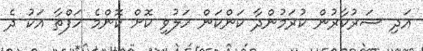
އަދި ސަރުކާރުން ކުރަމުންދާ ކަންކަން ހަލުވި ކޮށް ކޮންމެ ހަފްތާ އަކު ދެ